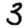
Digit: 3